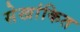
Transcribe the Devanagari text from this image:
सेखांकित